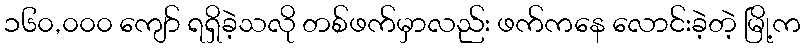
၁၆၀,၀၀၀ ကျော် ရရှိခဲ့သလို တစ်ဖက်မှာလည်း ဖက်ကနေ လောင်းခဲ့တဲ့ မြို့က